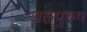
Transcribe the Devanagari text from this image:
खलपुरुष